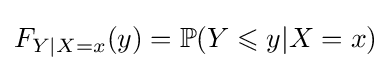
F_{Y|X=x}(y)=\mathbb {P} (Y\leqslant y|X=x)